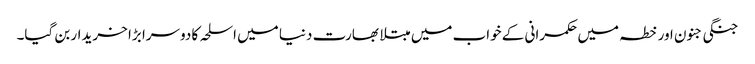
جنگی جنون اور خطہ میں حکمرانی کے خواب میں مبتلا بھارت دنیا میں اسلحہ کا دوسرا بڑا خریدار بن گیا۔